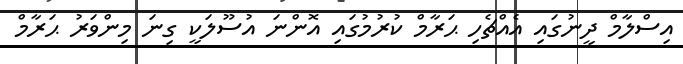
އިސްލާމް ދީނުގައި އެއްޗެހި ޙަރާމް ކުރުމުގައި އޮންނަ އުސޫލަކީ ގިނަ މިންވަރު ޙަރާމް